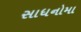
સાધનોમા